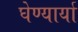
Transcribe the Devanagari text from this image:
घेण्यार्या